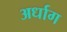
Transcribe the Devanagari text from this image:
अर्धाग